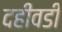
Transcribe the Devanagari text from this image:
दहीवडी